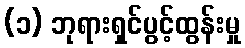
(၁) ဘုရားရှင်ပွင့်ထွန်းမှု